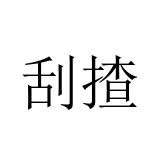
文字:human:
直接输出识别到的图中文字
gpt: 刮揸